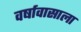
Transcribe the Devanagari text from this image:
वर्षावासाला